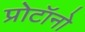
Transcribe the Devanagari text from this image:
प्रोटॉनो